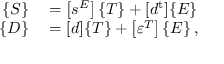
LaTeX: \begin{array} { r l } { \{ S \} } & { { } = \left[ s ^ { E } \right] \{ T \} + [ d ^ { \mathrm { t } } ] \{ E \} } \\ { \{ D \} } & { { } = [ d ] \{ T \} + \left[ \varepsilon ^ { T } \right] \{ E \} \, , } \end{array}